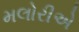
મલોરીએ